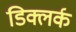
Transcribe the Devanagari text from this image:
डिक्लर्क